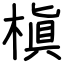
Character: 槇